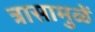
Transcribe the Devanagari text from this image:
त्रासामुळें